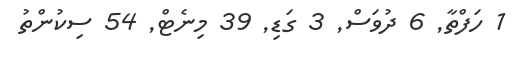
1 ހަފްތާ